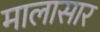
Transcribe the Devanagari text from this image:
मालासार